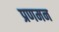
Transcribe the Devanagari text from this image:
प्रणमन